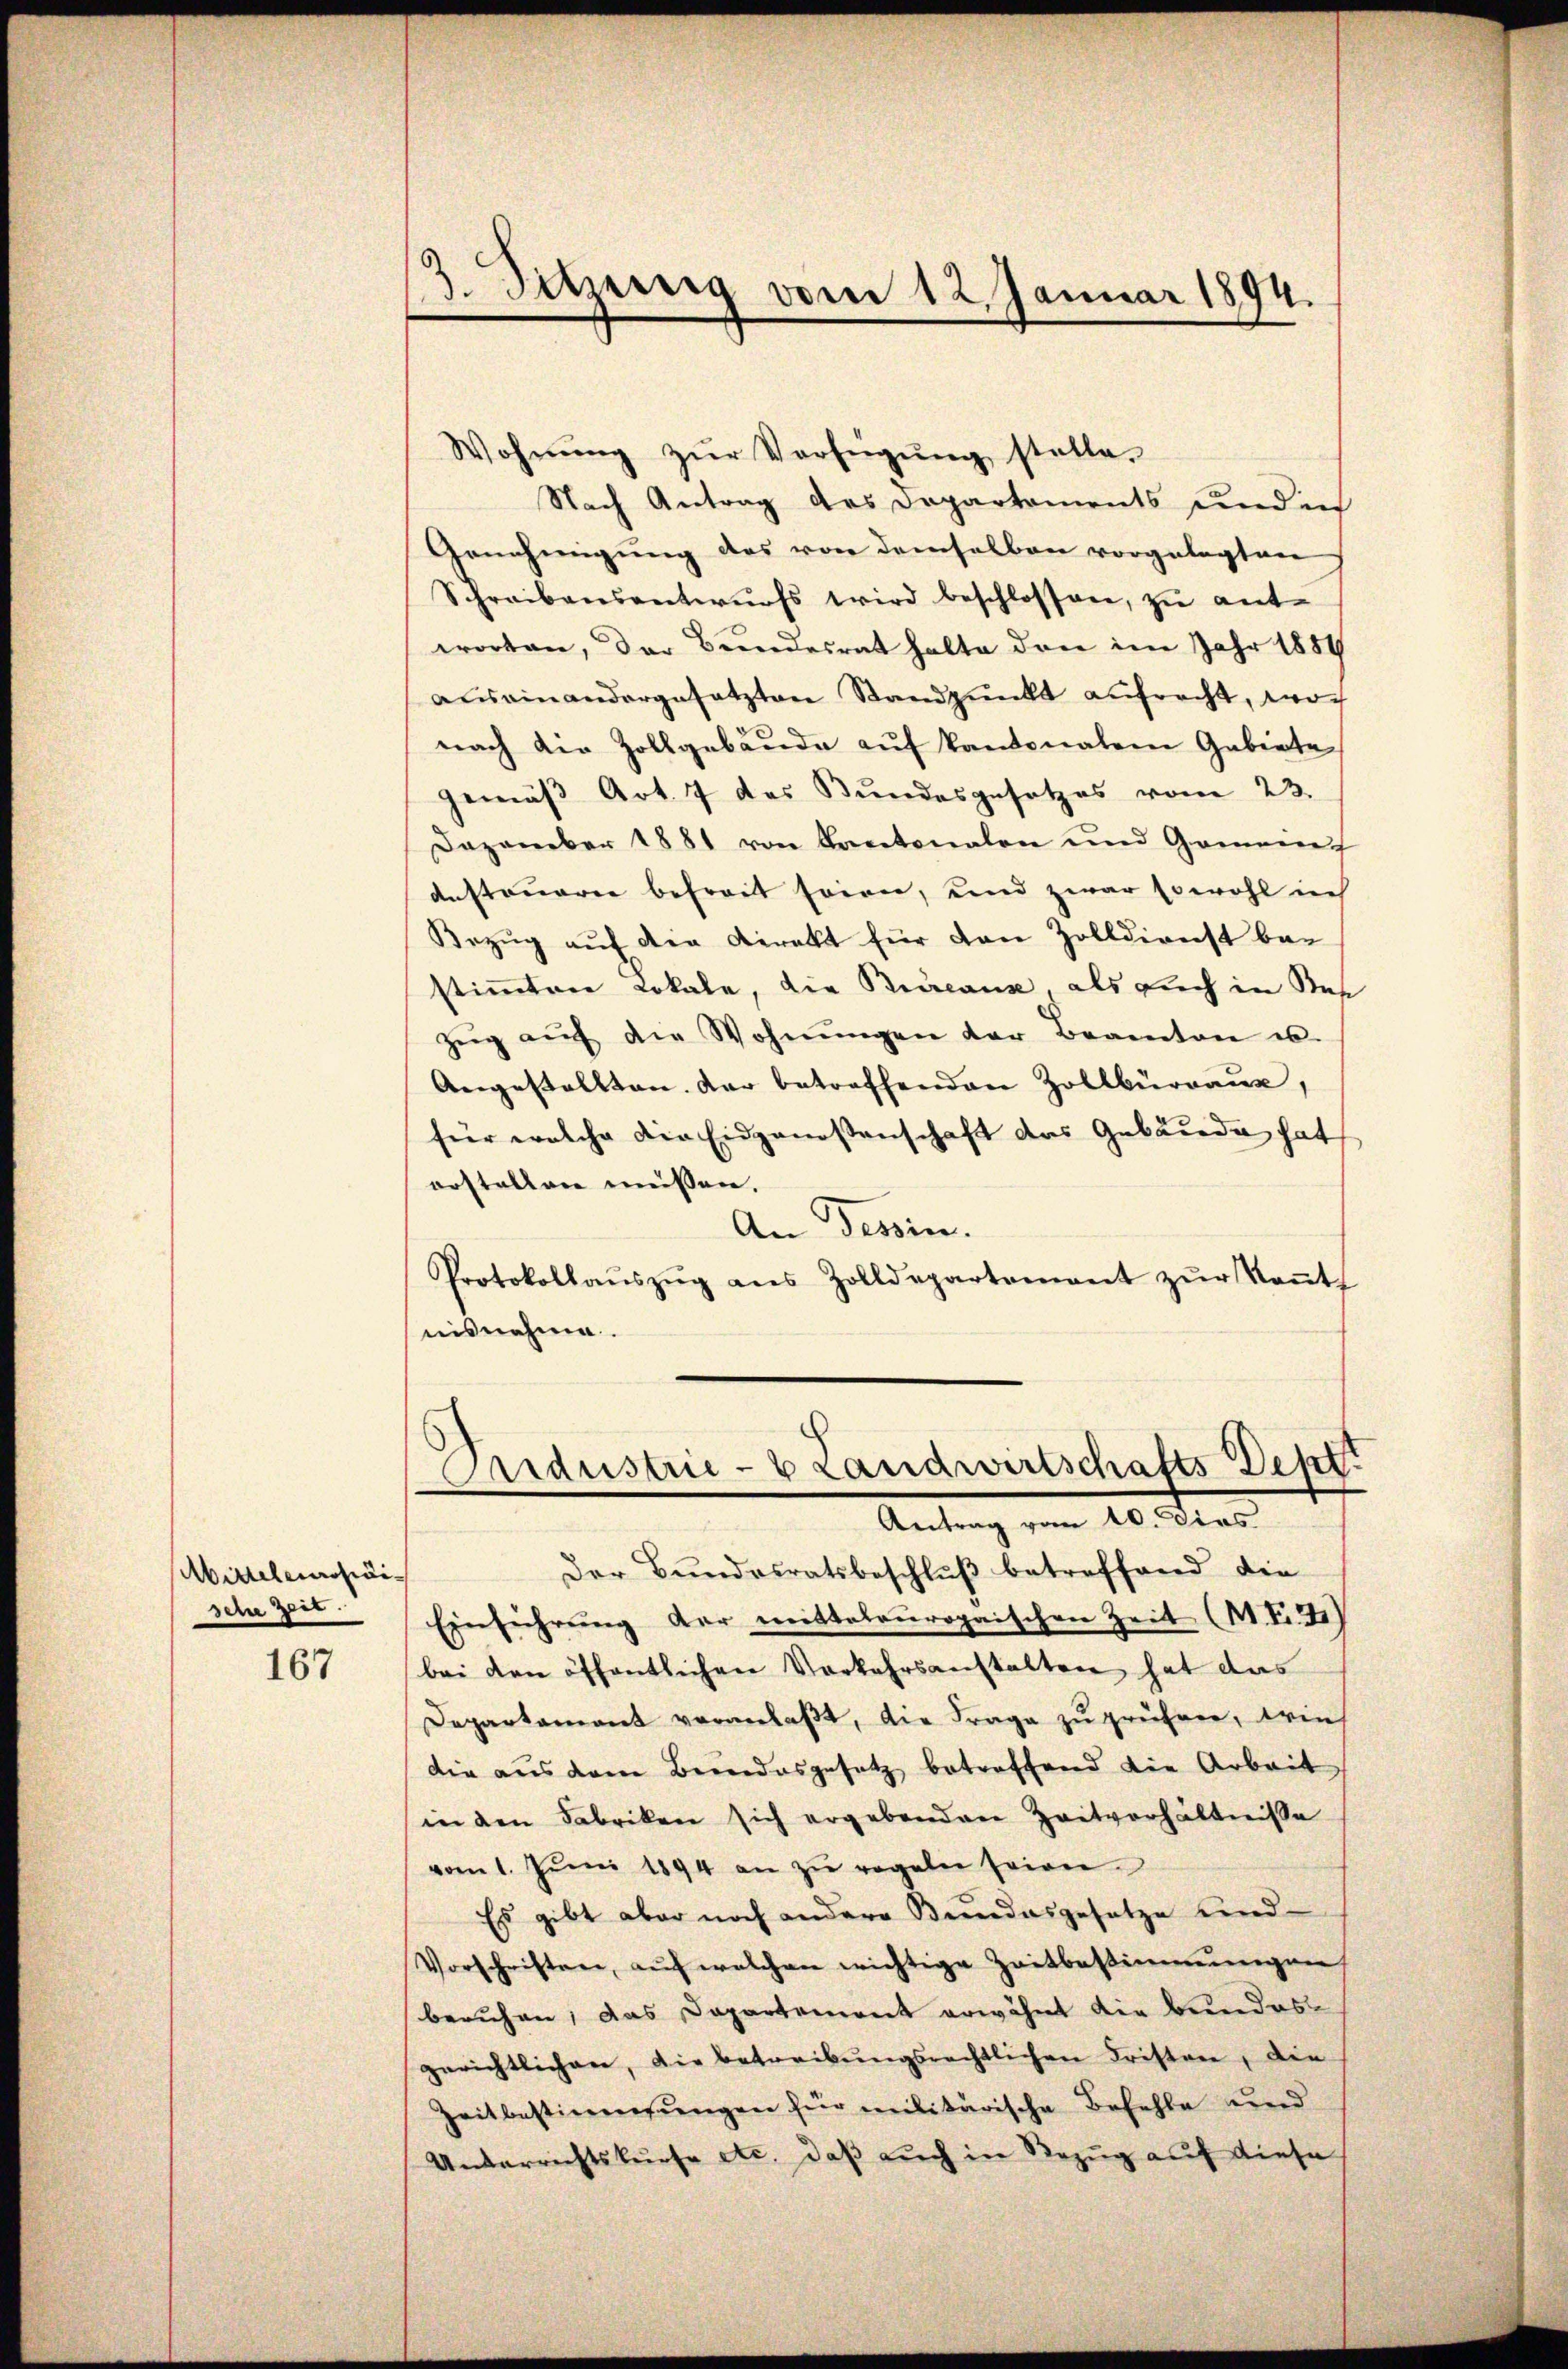
Abiseleucheische Zeit.

167

/3. Sitzung vom 12. Januar 1894.

Wohnŭng zŭr Verfügŭng stelle.
Nach Antrag des Departements und ich
Genehmigung des von demselben vorgelegten
Schreibensantwurfs wird beschlossen, zu ant-
worten, der Bundesrat halte den im Jahr 1889
auseinandergesetzten Standpŭnkt aufracht, wor
nach der Zollgebäŭde aŭf Kantonalen Gebiete
gemäβ Art. 7 des Bundesgesetzes vom 23.
Dezember 1881 von Kantonalen und Gomane
anstauerer befreit seinen, und zwar sowohl ich
Bezŭg aŭf der Direkt für von Zolldienst be-
stimmten Lokale, die Brieaux als Euch in Sa
zŭg aŭf die Wohnŭngen der Beamten u.
Angestellten. Der betreffenden Zollbürraus,
für welche die Eidgenossenschaft das Gebäude hat
erstellen müssen.
An Tessin.
Protokollaŭszŭg ans Zolldepartement zŭr Keṅt
nisnehme.

Aardustrie- & Landwirtschafts-Dept.
Antrag vom 10. dies

Der Bundesratsbeschluß betreffend die
Einführŭng der mittelouropaischen Zeit (W.T.21)
bei den öffentlichen Vorkehrsanstalten hat das
Departamant veranlaβt, die Frage zŭ prüfen, wie
die aus dem Beidesgesetz betreffend die Arbeit
in den Fabriken sich ergebenden Zeitverhältnisse
vom 1. Jŭni 1894 an zŭ regeln seien
Es gibt aber noch andere Bundesgesetze und
Vorschriften, auf welchen wichtige Zeitbestimmungen
beruhen, das Departement erwähnt die Beendesgerichtlichen, die betreibungsrechtlichen Fristen, die
Zeitbestimmungen für militärische Befehle und
Unterrichtskurse etc. daß auch in Bezug auf diese